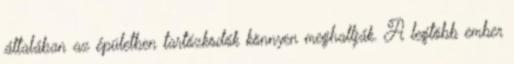
általában az épületben tartózkodók könnyen meghallják. A legtöbb ember